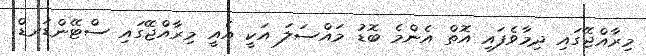
މިރާއްޖޭގައި ދިމާވެފައި އޮތް އެންމެ ބޮޑު މައްސަލަ އަކީ އެއީ މިރާއްޖޭގައި ސްޓޭންޑަރޑް